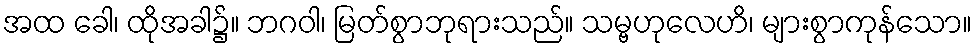
အထ ခေါ၊ ထိုအခါ၌။ ဘဂဝါ၊ မြတ်စွာဘုရားသည်။ သမ္ဗဟုလေဟိ၊ များစွာကုန်သော။